Vaccination North-Western Provinces and Oudh 1896-1901 - 1896-1901
Year: 1896
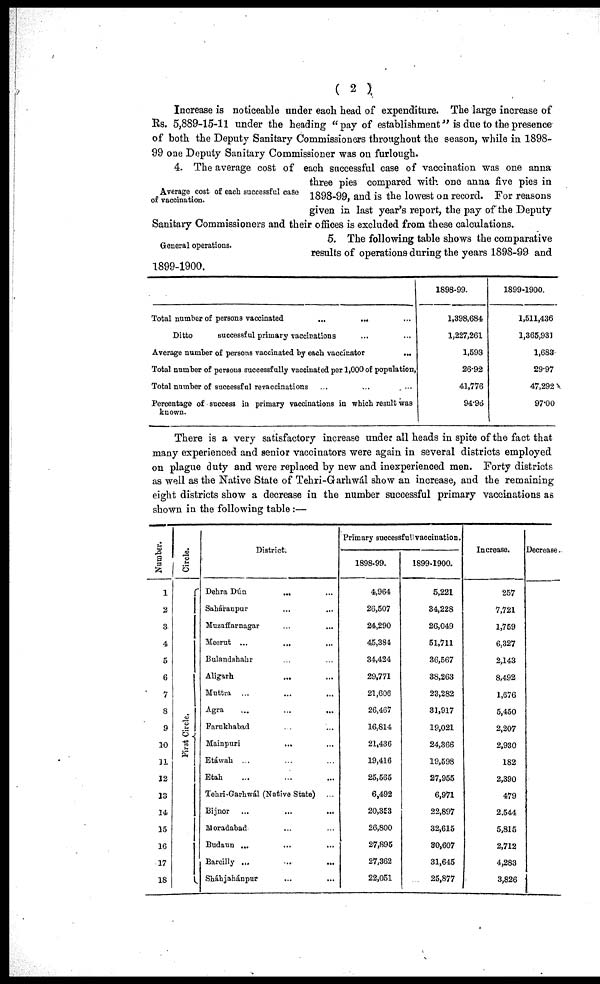
( 2 )
Increase is noticeable under each head of expenditure. The large increase of
Rs. 5,889-15-11 under the heading "pay of establishment" is due to the presence
of both the Deputy Sanitary Commissioners throughout the season, while in 1898-
99 one Deputy Sanitary Commissioner was on furlough.
Average cost of each successful case
of vaccination.
4. The average cost of each successful case of vaccination was one anna
three pies compared with one anna five pies in
1898-99, and is the lowest on record. For reasons
given in last year's report, the pay of the Deputy
Sanitary Commissioners and their offices is excluded from these calculations.
General operations.
5. The following table shows the comparative
results of operations during the years 1898-99 and
1899-1900.
Total number of persons vaccinated
...
...
...
Ditto
successful primary vaccinations ... ...
Average number of persons vaccinated by each vaccinator
...
Total number of persons successfully vaccinated per 1,000 of population,
Total number of successful revaccinations ... ... ...
Percentage of success in primary vaccinations in which result was
known.
1898-99.
1,398,684
1,227,261
1,593
26.92
41,776
94.96
1899-1900.
1,511,436
1,365,931
1,683
29.97
47,292
97.00
There is a very satisfactory increase under all heads in spite of the fact that
many experienced and senior vaccinators were again in several districts employed
on plague duty and were replaced by new and inexperienced men. Forty districts
as well as the Native State of Tehri-Garhwál show an increase, and the remaining
eight districts show a decrease in the number successful primary vaccinations as
shown in the following table :—
Number.
1
2
3
4
5
6
7
8
9
10
11
12
13
14
15
16
17
18
Circle.
First Circle.
District.
Dehra Dún
...
...
Saháranpur ... ...
Muzaffarnagar ... ...
Meerut ... ... ...
Bulandshahr ... ...
Aligarh
...
...
Muttra ... ... ...
Agra
...
...
...
Farukhabad ... ...
Mainpuri ... ...
Etáwah ... ... ...
Etah ... ... ...
Tehri-Garhwal (Native State) ...
Bijnor
...
...
...
Moradabad ... ...
Budaun ... ... ...
Bareilly
...
...
...
Sháhjahánpur ... ...
Primary successfull vaccination.
1898-99.
4,964
26,507
24,290
45,381
34,424
29,771
21,606
26,467
16,814
21,456
19,416
25,565
6,492
20,353
26,800
27,895
27,362
22,051
1899-1900.
5,221
34,228
26,049
51,711
36,567
38,263
23,282
31,917
19,021
24,366
19,598
27,955
6,971
22,897
32,615
30,607
31,645
25,877
Increase.
257
7,721
1,759
6,327
2,143
8,492
1,676
5,450
2,207
2,930
182
2,390
479
2,544
5,815
2,712
4,283
3,826
Decrease